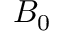
B _ { 0 }